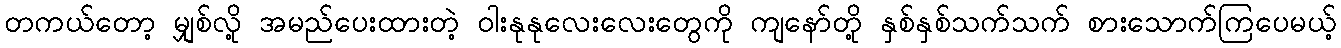
တကယ်တော့ မျှစ်လို့ အမည်ပေးထားတဲ့ ဝါးနုနုလေးလေးတွေကို ကျနော်တို့ နှစ်နှစ်သက်သက် စားသောက်ကြပေမယ့်